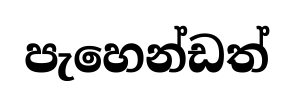
පැහෙන්ඩත්